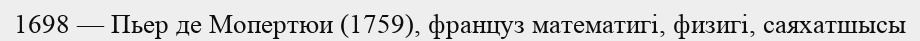
1698 — Пьер де Мопертюи (1759), француз математигі, физигі, саяхатшысы